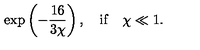
\exp \left( - \frac { 1 6 } { 3 \chi } \right) , \quad \mathrm { i f } \quad \chi \ll 1 .